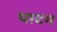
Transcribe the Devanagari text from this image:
पादम